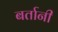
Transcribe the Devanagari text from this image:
बर्तानी